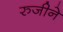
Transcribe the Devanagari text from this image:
रुजीने